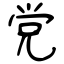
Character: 党